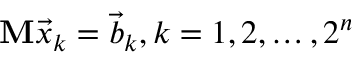
\mathbf { M } \Vec { x } _ { k } = \Vec { b } _ { k } , k = 1 , 2 , \dots , 2 ^ { n }